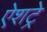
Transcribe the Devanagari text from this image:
ऐशट्रे